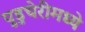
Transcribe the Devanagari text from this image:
पुडुचेरीमध्ये